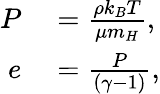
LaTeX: \begin{array}{rl}{P}&{{}=\frac{\rho k_{B}T}{\mu m_{H}},}\\ {e}&{{}=\frac{P}{(\gamma-1)},}\end{array}